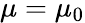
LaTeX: \mathbf{\mu}=\mu_{0}